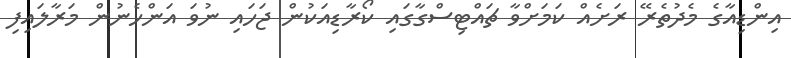
އިންޑިއާގެ މެދުތެރޭ ރަށެއް ކަމަށްވާ ޗައްޓިސްގާގައި ކޯރާޑިއަކުން ޖަހައި ނުވަ އަންހެނުން މަރާލައިފި